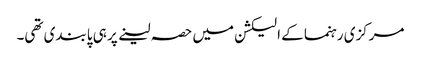
مرکزی رہنما کے الیکشن میں حصہ لینے پر ہی پابندی تھی۔